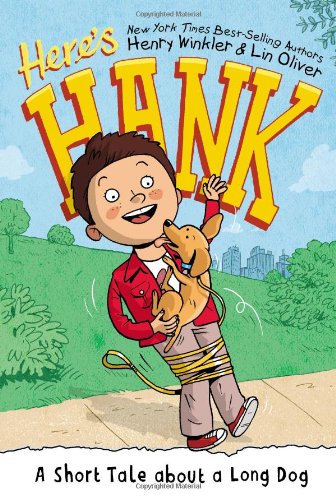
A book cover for A Short Tale About a Long Dog #2 (Here's Hank); Henry Winkler; Children's Books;